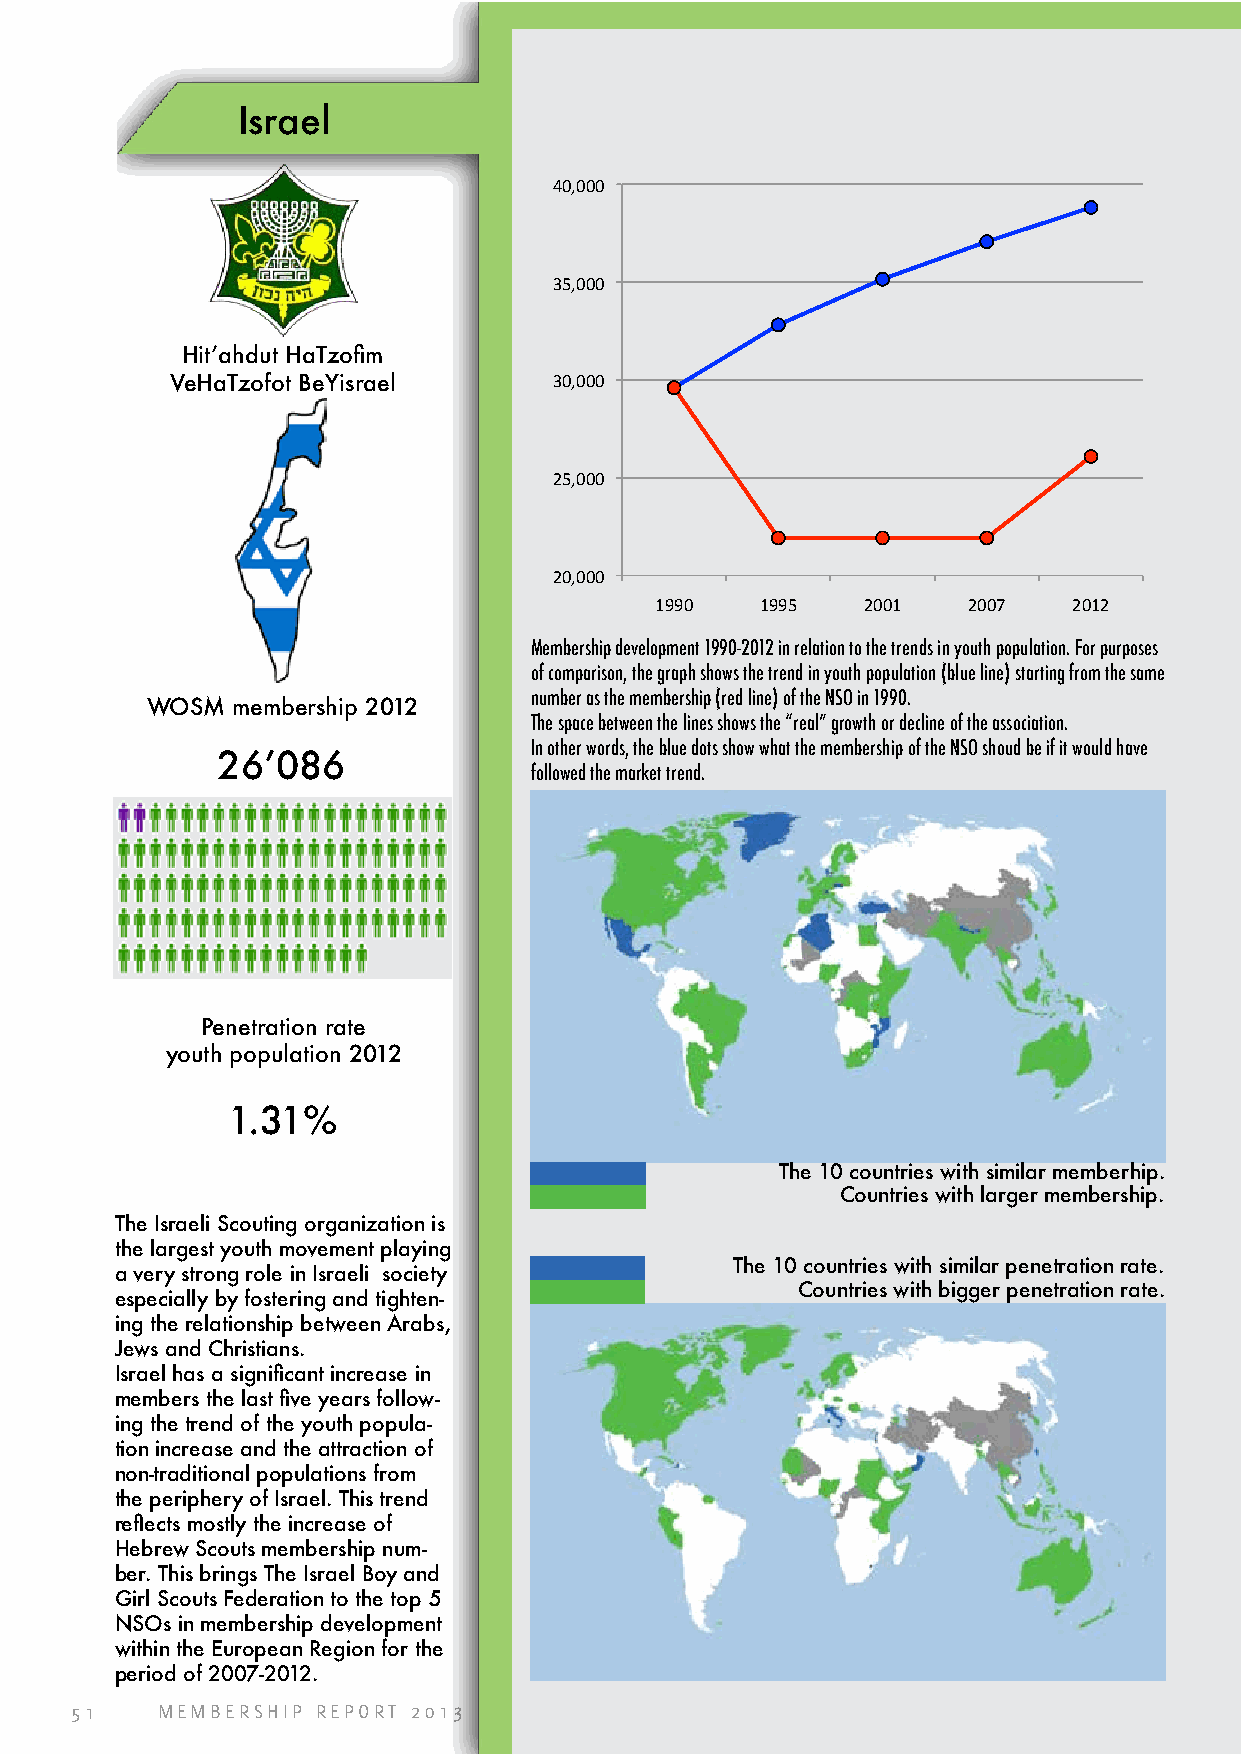
Israel
 40,000
 35,000
 Hit’ahdut HaTzofim
 VeHaTzofot BeYisrael      30,000
 25,000
 20,000
 1990   1995   2001   2007   2012
 Membership development 1990-2012 in relation to the trends in youth population. For purposes
 of comparison, the graph shows the trend in youth population (blue line) starting from the same
 number as the membership (red line) of the NSO in 1990.
 WOSM membership 2012
 The space between the lines shows the “real” growth or decline of the association.
 In other words, the blue dots show what the membership of the NSO shoud be if it would have
 26’086
 followed the market trend.
 Penetration rate
 youth population 2012
 1.31%
 The 10 countries with similar memberhip.
 Countries with larger membership.
 The Israeli Scouting organization is
 the largest youth movement playing
 The 10 countries with similar penetration rate.
 a very strong role in Israeli society
 Countries with bigger penetration rate.
 especially by fostering and tighten-
 ing the relationship between Arabs,
 Jews and Christians.
 Israel has a significant increase in
 members the last five years follow-
 ing the trend of the youth popula-
 tion increase and the attraction of
 non-traditional populations from
 the periphery of Israel. This trend
 reflects mostly the increase of
 Hebrew Scouts membership num-
 ber. This brings The Israel Boy and
 Girl Scouts Federation to the top 5
 NSOs in membership development
 within the European Region for the
 period of 2007-2012.
 51   MEMBERSHIP REPORT 2013